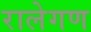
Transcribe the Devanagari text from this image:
रालेगण